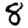
Digit: 8